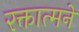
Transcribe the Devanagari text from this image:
रक्तात्मने